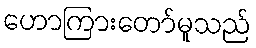
ဟောကြားတော်မူသည်